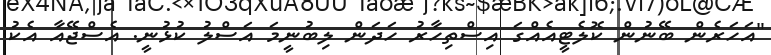
"އަހަރެން ބޭނުން ކޮލެޓީއެއްގަ އިސްތިހާރު ހަދަން ލިބުނީމަ އަސްލު ކުޅުނީ. އެސްޖޭއާ އެކު